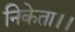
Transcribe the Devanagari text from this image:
निकेता।।